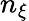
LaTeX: n_{\xi}